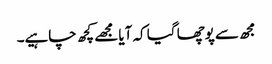
مجھ سے پوچھا گیا کہ آیا مجھے کچھ چاہیے۔